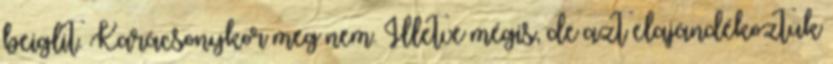
beiglit. Karácsonykor meg nem. Illetve mégis, de azt elajándékoztuk